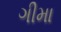
ગીમા